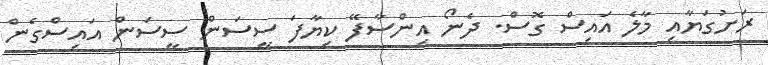
ރަށުގަޔާއި މާލެ އައިސް ގޮސް. ދެނޯ އިންސާފޭ ކިޔާފަ ސީސަން ސީސަން އައިސްގެން